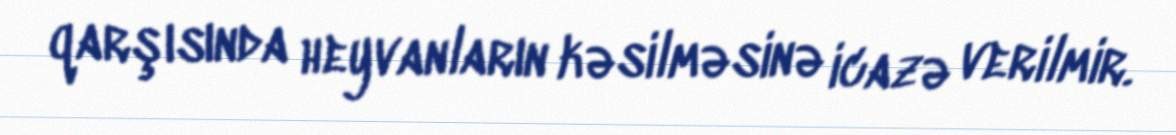
qarşısında heyvanların kəsilməsinə icazə verilmir.